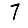
Digit: 7